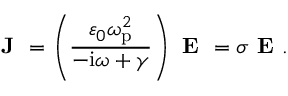
\textbf { J } = \left( \frac { \varepsilon _ { 0 } \omega _ { \mathrm { p } } ^ { 2 } } { - \mathrm { i } \omega + \gamma } \right) \textbf { E } = \sigma \textbf { E } .